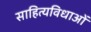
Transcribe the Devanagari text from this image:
साहित्यविधाओं